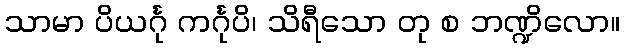
သာမာ ပိယင်္ဂု ကင်္ဂုပိ၊ သိရီသော တု စ ဘဏ္ဍိလော။